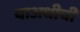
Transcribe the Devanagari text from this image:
याअधीची